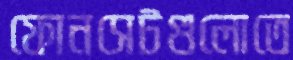
ফোনসেটগুলোতে